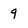
Character: 9